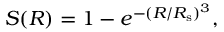
S ( R ) = 1 - e ^ { - ( R / R _ { \mathrm { s } } ) ^ { 3 } } ,